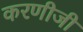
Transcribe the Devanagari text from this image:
करणीजी